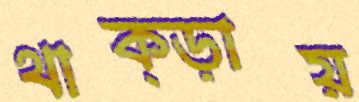
থাক্‌ড়ায়